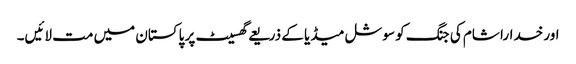
اور خدارا شام کی جنگ کو سوشل میڈیا کے ذریعے گھسیٹ پر پاکستان میں مت لائیں۔